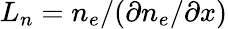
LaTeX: L_{n}=n_{e}/(\partial n_{e}/\partial x)